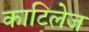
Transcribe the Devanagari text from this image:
काटिलेज